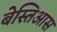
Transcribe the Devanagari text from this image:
बेस्तिआस